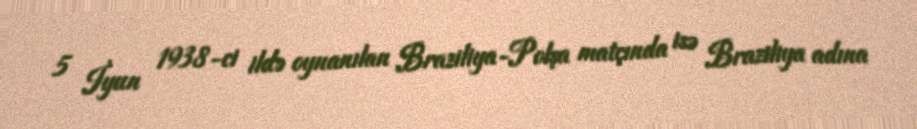
5 İyun 1938-ci ildə oynanılan Braziliya-Polşa matçında isə Braziliya adına